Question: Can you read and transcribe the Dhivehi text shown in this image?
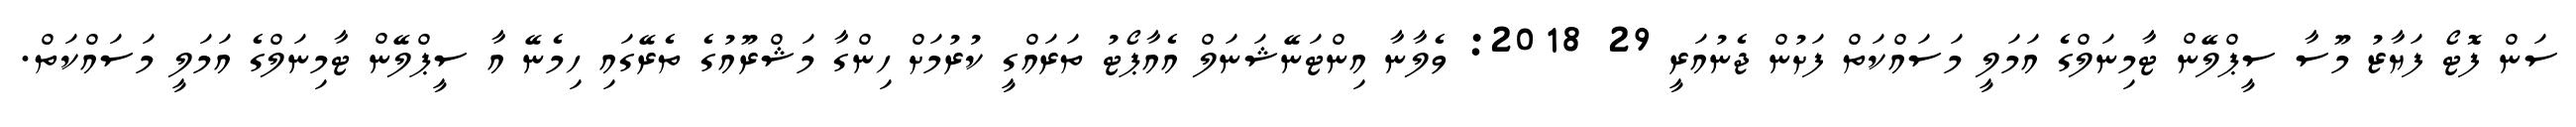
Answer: ސަން ފޮޓޯ ފަޔާޒު މޫސާ ސީޕްލޭން ޓާމިނަލްގެ އަމަލީ މަސައްކަތް ފަށުން ޖެނުއަރީ 29 2018: ވެލާނާ އިންޓަނޭޝަނަލް އެއާޕޯޓު ތަރައްގީ ކުރުމަށް ހިންގާ މަޝްރޫއުގެ ތެރޭގައި ހިމެނޭ އާ ސީޕްލޭން ޓާމިނަލްގެ އަމަލީ މަސައްކަތް.